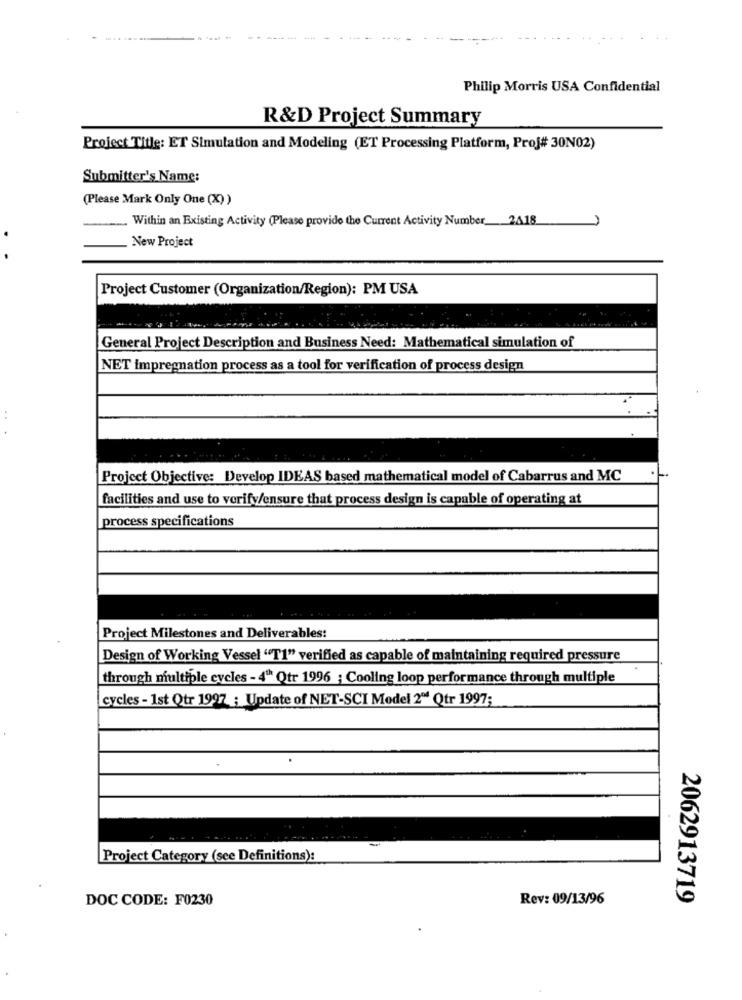
Philip Morris USA Confidential
R&D Project Summary
Project Title: ET Simulation and Modeling (ET Processing Platform, Prof# 30N02)
Submitter's Name:
(Please Mark Only One (X) )
Within an Existing Activity (Please provide the Current Activity Number 2A18
.
New Project
Project Customer (Organization/Region): PM USA
General Project Description and Business Need: Mathematical simulation of
NET impregnation process as a tool for verification of process design
Project Objective: Develop IDEAS based mathematical model of Cabarrus and MC
facilities and use to verify/ensure that process design is capable of operating at
process specifications
Project Milestones and Deliverables:
Design of Working Vessel "T1" verified as capable of maintaining required pressure
through multiple cycles - 4" Qtr 1996 ; Cooling loop performance through multiple
cycles - 1st Qtr 1997 ; Update of NET-SCI Model 2" Qtr 1997;
Project Category (see Definitions):
DOC CODE: F0230
Rev: 09/13/96
2062913719